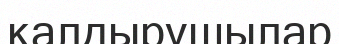
қалдырушылар